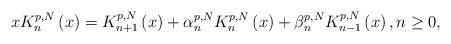
LaTeX: \begin{align*}xK_{n}^{p,N}\left( x\right) =K_{n+1}^{p,N}\left( x\right) +\alpha_{n}^{p,N}K_{n}^{p,N}\left( x\right) +\beta _{n}^{p,N}K_{n-1}^{p,N}\left(x\right) ,n\geq 0, \end{align*}